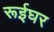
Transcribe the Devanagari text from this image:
रूईघर